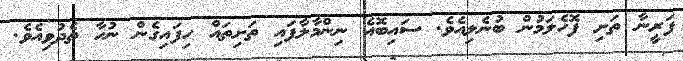
ފަރީނާ ތަށި ފޮހެލަމުން ބުނެލިއެވެ. ސައިބޮއެ ނިންމާލާފައި ތަށިތައް ހިފައިގެން ނުހާ ތެދުވިއެވެ.